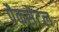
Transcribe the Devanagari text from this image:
पैकसेटल